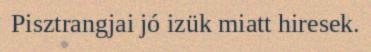
Pisztrangjai jó izük miatt hiresek.